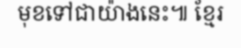
មុខទៅជាយ៉ាងនេះ៕ ខ្មែរ